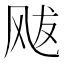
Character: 𩙥